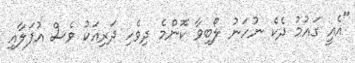
"އެއީ ގައުމު ދެކެ ނުހަނު ލޯބިވާ ކޮންމެ ދިވެހި ދަރިއަކު ވެސް އުފަލާއި